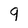
Character: 9